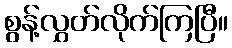
စွန့်လွှတ်လိုက်ကြပြီ။